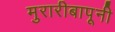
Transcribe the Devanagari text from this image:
मुरारीबापूनी